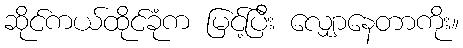
ဆိုင်ကယ်ထိုင်ခုံက မြင့်ပြီး လျှောနေတာကိုး။